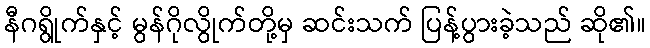
နီဂရွိုက်နှင့် မွန်ဂိုလွိုက်တို့မှ ဆင်းသက် ပြန့်ပွားခဲ့သည် ဆို၏။